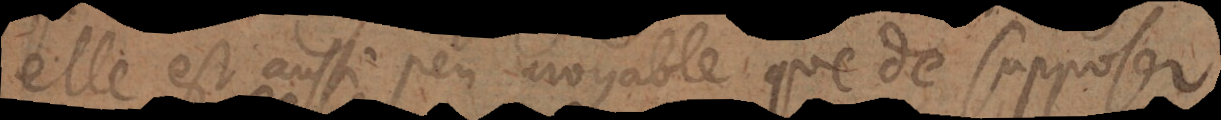
elle est aussi peu croyable que de supposer